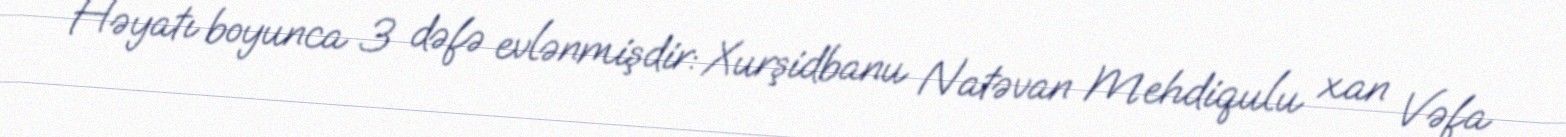
Həyatı boyunca 3 dəfə evlənmişdir: Xurşidbanu Natəvan Mehdiqulu xan Vəfa